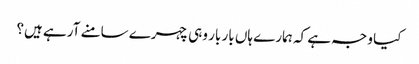
کیا وجہ ہے کہ ہمارے ہاں بار بار وہی چہرے سامنے آرہے ہیں؟